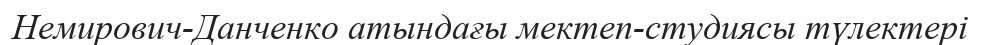
Немирович-Данченко атындағы мектеп-студиясы түлектері